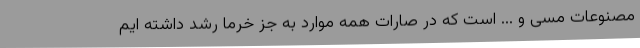
مصنوعات مسی و ... است که در صارات همه موارد به جز خرما رشد داشته ایم